Annual administration report of the Civil Veterinary Department of India - 1894-1895
Year: 1894
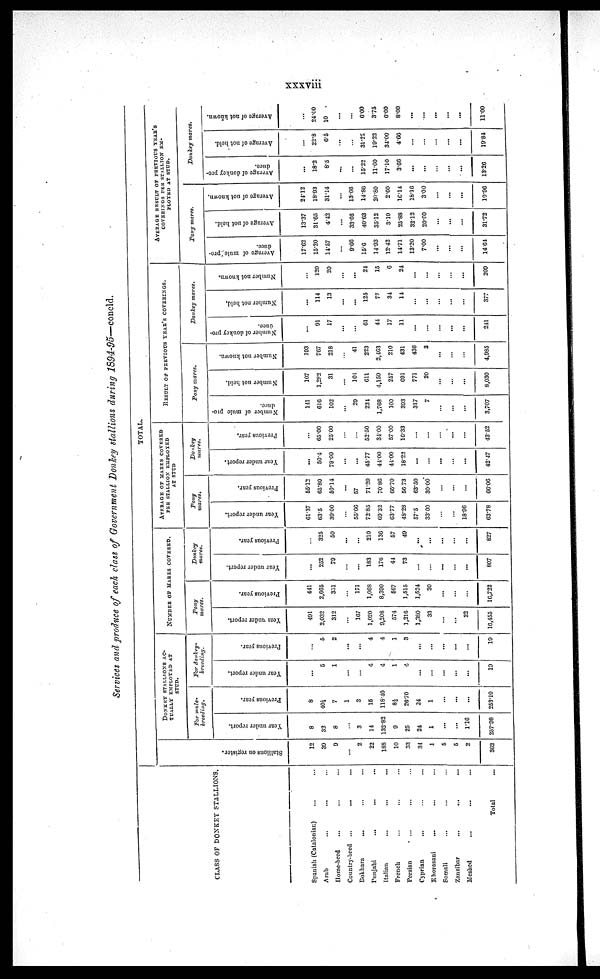
xxxviii
Services and produce of each class of Government Donkey stallions during 1894-95—concld.
CLASS OF DONKEY STALLIONS.
Spanish (Catalonian) ... ...
Arab ... ... ...
Home-bred... ... ...
Country-bred
...
... ...
Bokhara... ... ...
Punjabi...
...
...
Italian
...
...
...
French ... ... ...
Persian ... ... ...
Cyprian ... ... ...
Khorasani... ... ...
Somali ... ... ...
Zanzibar...
...
...
Meshed ... ... ...
Total
...
TOTAL.
St al l
i
ons on register.
12
39
9
...
2
22
188
10
33
34
1
5
5
2
362
DONKEY STALLIONS AC-
TUALLY EMPLOYED AT
STUD.
For mule¬
breeding.
Year under report.
8
32
8
...
3
14
132.82
9
25
24
1
...
...
1.16
257.98
Previous year.
8
40½
7
1
3
15
118.10
8½
26.70
24
1
...
...
...
253.10
For donkey¬
breeding.
Year under report.
...
5
1
...
...
4
4
1
4
...
...
...
...
...
19
Previous year.
...
5
2
...
...
4
4
1
3
...
...
...
...
...
19
NUMBER OF MARES COVERED.
Pony
mares.
Year
under report.
491
2,032
312
...
167
1,020
9,208
574
1,216
1,380
33
...
...
22
16,155
Previous year.
441
2,665
351
...
171
1,068
8,390
567
1,515
1,524
30
...
...
...
16,722
Donkey
mares.
Year under report.
...
252
79
...
...
183
176
44
73
...
...
...
...
...
807
Previous year.
...
325
50
...
...
210
136
57
49
...
...
...
...
...
827
AVERAGE OF MARES COVERED
PER STALLION EMPLOYED
AT STUD
Pony
mares.
Year under report.
61.37
63.5
39.00
...
55.66
72.85
69.32
63.77
48.28
57.5
33.00
...
...
18.96
63.78
Previous year.
55.12
65.80
50.14
...
57
71.20
70.86
66.70
56.73
63.50
30.00
...
...
...
66.06
Donkey
mares.
Year under report.
...
50.4
79.00
...
...
45.77
44.00
44.00
18.22
...
...
...
...
...
42.47
Previous year.
...
65.00
25.00
...
...
52.50
34.00
57.00
16.33
...
...
...
...
...
43.52
RESULT OF PREVIOUS YEAR'S COVERINGS.
Pony mares.
Number of mule pro-
duce.
141
616
102
...
29
234
1,768
100
393
317
7
...
...
...
3,707
Number not held.
107
1,282
31
...
101
611
4,159
257
691
771
20
...
...
...
8,030
Number not known.
193
767
218
...
41
223
2,463
210
431
436
3
...
...
...
4,985
Donkey mares.
Number of donkey pro-
duce.
...
91
17
...
...
61
44
17
11
...
...
...
...
...
241
Number not held.
...
114
13
...
...
125
77
34
14
...
...
...
...
...
377
Number not known.
...
120
20
...
...
24
15
6
24
...
...
...
...
...
200
AVERAGE RESULT OF PREVIOUS YEAR'S
COVERINGS PER STALLION EM¬
PLOYED AT STUD.
Pony mares.
Average of mule pro¬
duce.
17.62
15.20
14.57
...
9.66
15.6
14.93
12.42
14.71
13.20
7.00
...
...
...
14.64
Average of not held.
13.37
31.65
4.42
...
33.66
40.63
35.12
3.19
25.88
32.12
20.00
...
...
...
31.72
Average of not known.
24.12
18.93
31.14
...
13.66
14.86
20.80
2.60
10.14
18.16
3.00
...
...
...
10.96
Donkey mares.
Average of donkey pro-
duce.
...
18.2
8.5
...
...
15.22
11.00
17.10
3.66
...
...
...
...
...
13.26
Average of not held.
...
22.8
6.5
...
...
31.22
19.22
34.00
4.66
...
...
...
...
...
19.84
Average of not known.
...
24.00
10
...
...
6.00
3.75
6.00
8.00
...
...
...
...
...
11.00